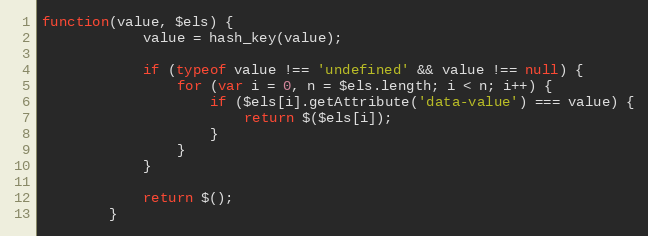
Language: JavaScript
function(value, $els) {
			value = hash_key(value);

			if (typeof value !== 'undefined' && value !== null) {
				for (var i = 0, n = $els.length; i < n; i++) {
					if ($els[i].getAttribute('data-value') === value) {
						return $($els[i]);
					}
				}
			}

			return $();
		}